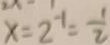
x = 2 ^ { - 1 } = \frac { 1 } { 2 }